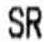
SR